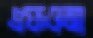
এফওআ